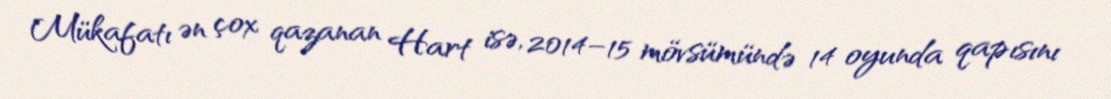
Mükafatı ən çox qazanan Hart isə, 2014–15 mövsümündə 14 oyunda qapısını